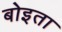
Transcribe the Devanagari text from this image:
बोइता